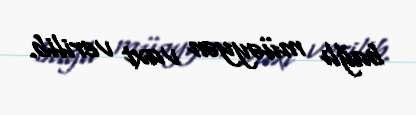
bağlı müəyyən vaxt verilib.